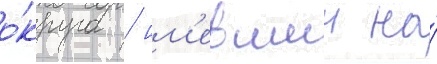
о́круга / им'евшии на́